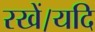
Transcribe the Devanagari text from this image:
रखें।यदि